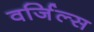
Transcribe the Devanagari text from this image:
वर्जिल्स